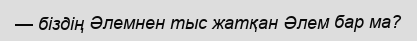
— біздің Әлемнен тыс жатқан Әлем бар ма?